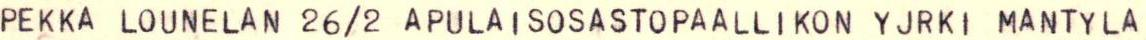
PEKKA LOUNELAN 26/2 APULAISOSASTOPAALLIKON YJRKI MANTYLA